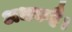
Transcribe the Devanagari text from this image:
अधकहै।